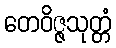
တေဝိဇ္ဇသုတ္တံ